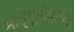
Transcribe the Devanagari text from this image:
मातृभूमीवरील